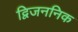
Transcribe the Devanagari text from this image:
द्विजननिक